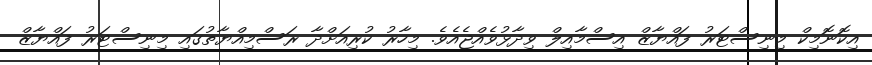
އިކޮނޮމިކް މިނިސްޓަރު ފައްޔާޒް އިސްމާއިލް ވިދާޅުވެއްޖެއެވެ. މިހާރު ކުރިއަށްދާ ރަސްމިއްޔާތުގައި މިނިސްޓަރު ފައްޔާޒް